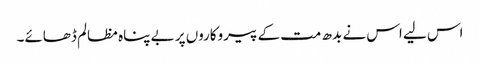
اس لیے اس نے بدھ مت کے پیروکاروں پر بے پناہ مظالم ڈھائے۔